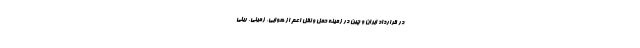
در قرارداد ایران و چین در زمینه حمل و نقل اعم از هوایی، زمینی، ریلی